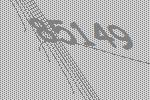
85149